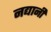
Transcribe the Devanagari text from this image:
नद्यानी